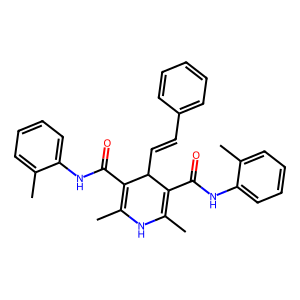
SMILES: CC1=C(C(=O)Nc2ccccc2C)C(C=Cc2ccccc2)C(C(=O)Nc2ccccc2C)=C(C)N1
Inhibits HIV replication: No